Indian journal of veterinary science and animal husbandry - Volume 6,
Year: 1936
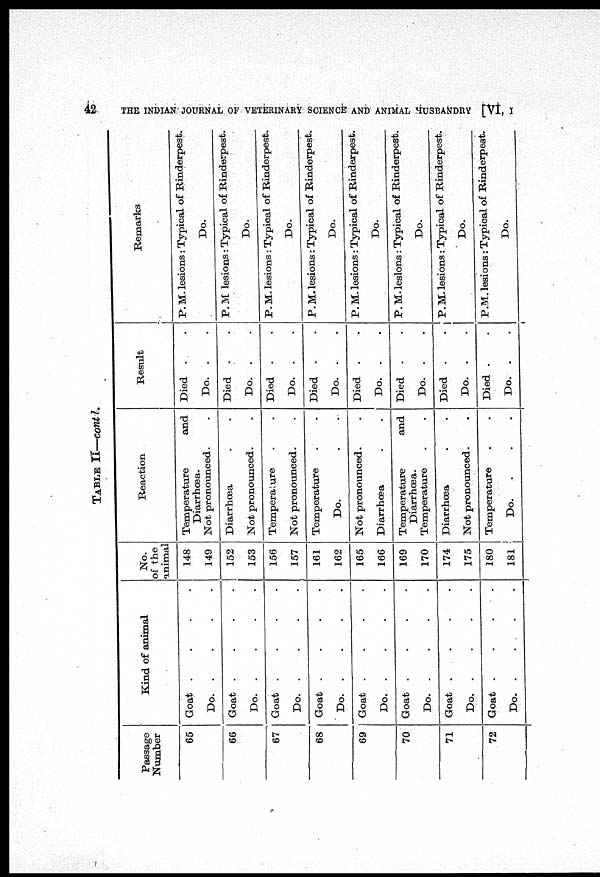
42
THE INDIAN JOURNAL OF VETERINARY SCIENCE AND ANIMAL HUSBANDRY [VI, I
TABLE II—contd.
Passage
Number
65
66
67
68
69
70
71
72
Kind of animal
Goat . . . .
Do. . . . .
Goat . . . .
Do. . . . .
Goat . . . .
Do. . . . .
Goat . . . .
Do. . . . .
Goat . . . .
Do. . . . .
Goat . . . .
Do. . . . .
Goat . . . .
Do. . . . .
Goat . . . .
Do. . . . .
No.
of the
amimal
148
149
152
153
156
157
161
162
165
166
169
170
174
175
180
181
Reaction
Temperature
and
Diarrhœa.
Not pronounced. .
Diarrhœa . .
Not pronounced. .
Temperature . .
Not pronounced. .
Temperature . .
Do. . .
Not pronounced. .
Diarrhœa . .
Temperature
and
Diarrhœa.
Temperature . .
Diarrhœa . .
Not pronounced. .
Temperature . .
Do. . . .
Result
Died . .
Do. . .
Died . .
Do. . .
Died . .
Do. . .
Died . .
Do. . .
Died . .
Do. . .
Died . .
Do. . .
Died .
.
Do. . .
Died . .
Do. . .
Remarks
P. M. lesions : Typical of Rinderpest.
Do.
P. M. lesions : Typical of Rinderpest.
Do.
P. M. lesions : Typical of Rinderpest.
Do.
P. M. lesions : Typical of Rinderpest.
Do.
P. M. lesions : Typical of Rinderpest.
Do.
P. M. lesions : Typical of Rinderpest.
Do.
P. M. lesions : Typical of Rinderpest.
Do.
P. M. lesions : Typical of Rinderpest.
Do.